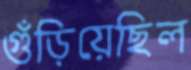
গুঁড়িয়েছিল